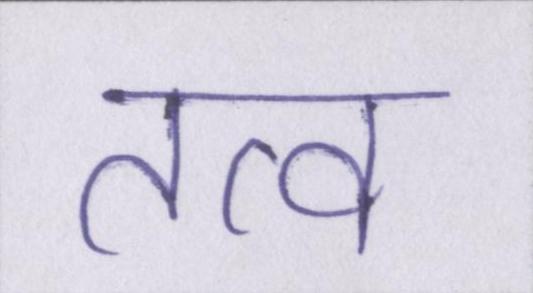
तत्व